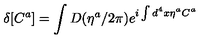
\delta [ C ^ { a } ] = \int D ( \eta ^ { a } / 2 \pi ) e ^ { i \int d ^ { 4 } x \eta ^ { a } C ^ { a } }